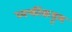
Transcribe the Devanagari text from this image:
व्यक्तींकडूम